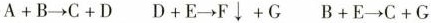
$$A + B \rightarrow C + D$$ $$D + E \rightarrow F \downarrow + G$$ $$B + E \rightarrow C + G$$